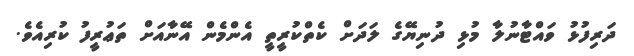
ދަރިފުޅު ވައްޓާނުލާ މުޅި ދުނިޔޭގެ ލަދަށް ކެތްކުރީތީ އެންމެން އޭނާއަށް ތަޢުރީފު ކުރިއެވެ.